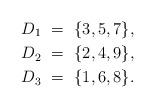
LaTeX: \begin{align*} D_1 \ &= \ \{ 3, 5, 7 \}, \\D_2 \ &= \ \{ 2, 4, 9 \}, \\D_3 \ &= \ \{ 1, 6, 8 \}. \end{align*}